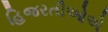
હિજરતીઓએ